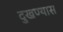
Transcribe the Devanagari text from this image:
दुखण्यास